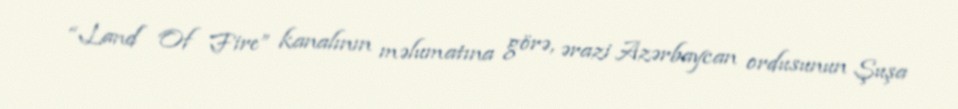
“Land Of Fire” kanalının məlumatına görə, ərazi Azərbaycan ordusunun Şuşa